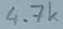
Text: 4.7k